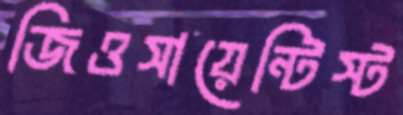
জিওসায়েন্টিস্ট